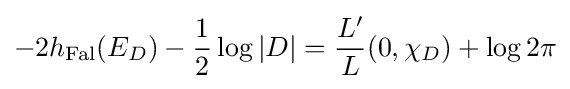
-2h_{\mathrm {Fal} }(E_{D})-{\frac {1}{2}}\log |D|={\frac {L'}{L}}(0,\chi _{D})+\log 2\pi